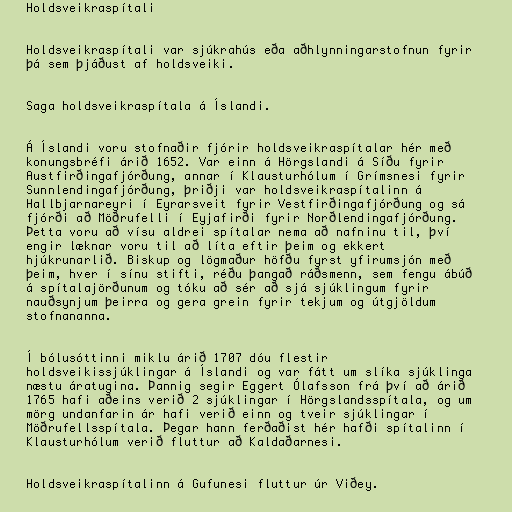
Holdsveikraspítali

Holdsveikraspítali var sjúkrahús eða aðhlynningarstofnun fyrir
þá sem þjáðust af holdsveiki.

Saga holdsveikraspítala á Íslandi.

Á Íslandi voru stofnaðir fjórir holdsveikraspítalar hér með
konungsbréfi árið 1652. Var einn á Hörgslandi á Síðu fyrir
Austfirðingafjórðung, annar í Klausturhólum í Grímsnesi fyrir
Sunnlendingafjórðung, þriðji var holdsveikraspítalinn á
Hallbjarnareyri í Eyrarsveit fyrir Vestfirðingafjórðung og sá
fjórði að Möðrufelli í Eyjafirði fyrir Norðlendingafjórðung.
Þetta voru að vísu aldrei spítalar nema að nafninu til, því
engir læknar voru til að líta eftir þeim og ekkert
hjúkrunarlið. Biskup og lögmaður höfðu fyrst yfirumsjón með
þeim, hver í sínu stifti, réðu þangað ráðsmenn, sem fengu ábúð
á spítalajörðunum og tóku að sér að sjá sjúklingum fyrir
nauðsynjum þeirra og gera grein fyrir tekjum og útgjöldum
stofnananna.

Í bólusóttinni miklu árið 1707 dóu flestir
holdsveikissjúklingar á Íslandi og var fátt um slíka sjúklinga
næstu áratugina. Þannig segir Eggert Ólafsson frá því að árið
1765 hafi aðeins verið 2 sjúklingar í Hörgslandsspítala, og um
mörg undanfarin ár hafi verið einn og tveir sjúklingar í
Möðrufellsspítala. Þegar hann ferðaðist hér hafði spítalinn í
Klausturhólum verið fluttur að Kaldaðarnesi.

Holdsveikraspítalinn á Gufunesi fluttur úr Viðey.